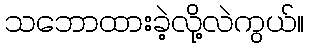
သဘောထားခဲ့လို့လဲကွယ်။